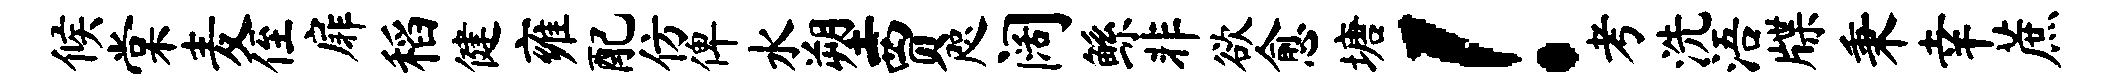
候棠麦侄扉稻健雍配仿俾水塑贾咫阔鲧非欲愈塘！考洗浯牒秉幸蔗